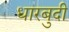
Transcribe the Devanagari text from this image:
धारबुदी